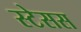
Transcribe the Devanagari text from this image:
स्टेसस